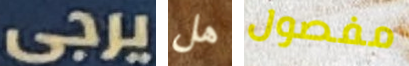
يرجى هل مفصول